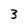
Character: 3